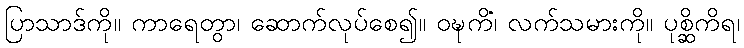
ပြာသာဒ်ကို။ ကာရေတွာ၊ ဆောက်လုပ်စေ၍။ ဝဍ္ဎကိံ၊ လက်သမားကို။ ပုစ္ဆိကိရ၊